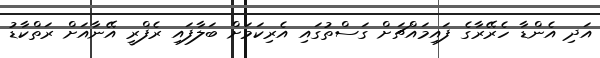
އަދި އެންޑާ ހެރޭރާގެ ފައިމައްޗަށް ގަސްތުގައި އެރިކަމަށް ބަލާފައި ރެފްރީ އޭނާއަށް ރަތްކާޑު